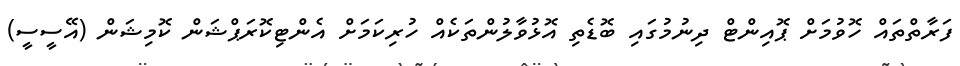
ފަރާތްތައް ހޮވުމަށް ޕޮއިންޓް ދިނުމުގައި ބޮޑެތި އޮޅުވާލުންތަކެއް ހުރިކަމަށް އެންޓިކޮރަޕްޝަން ކޮމިޝަން (އޭސީސީ)